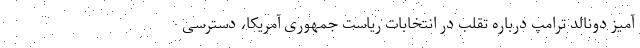
آمیز دونالد ترامپ درباره تقلب در انتخابات ریاست جمهوری آمریکا، دسترسی